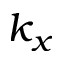
k _ { x }